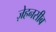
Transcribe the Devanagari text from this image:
ज़ेहनसीब